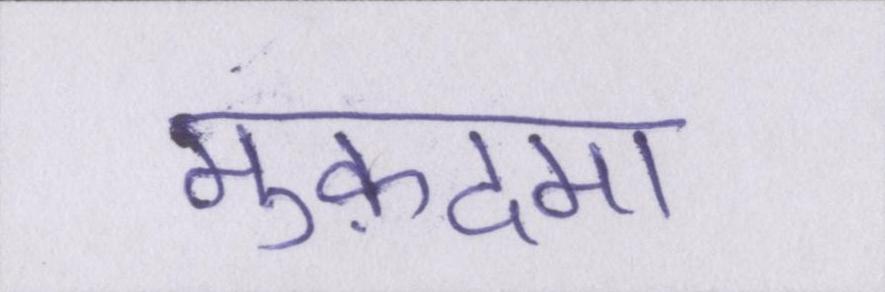
मुक़दमा